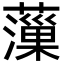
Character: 薻